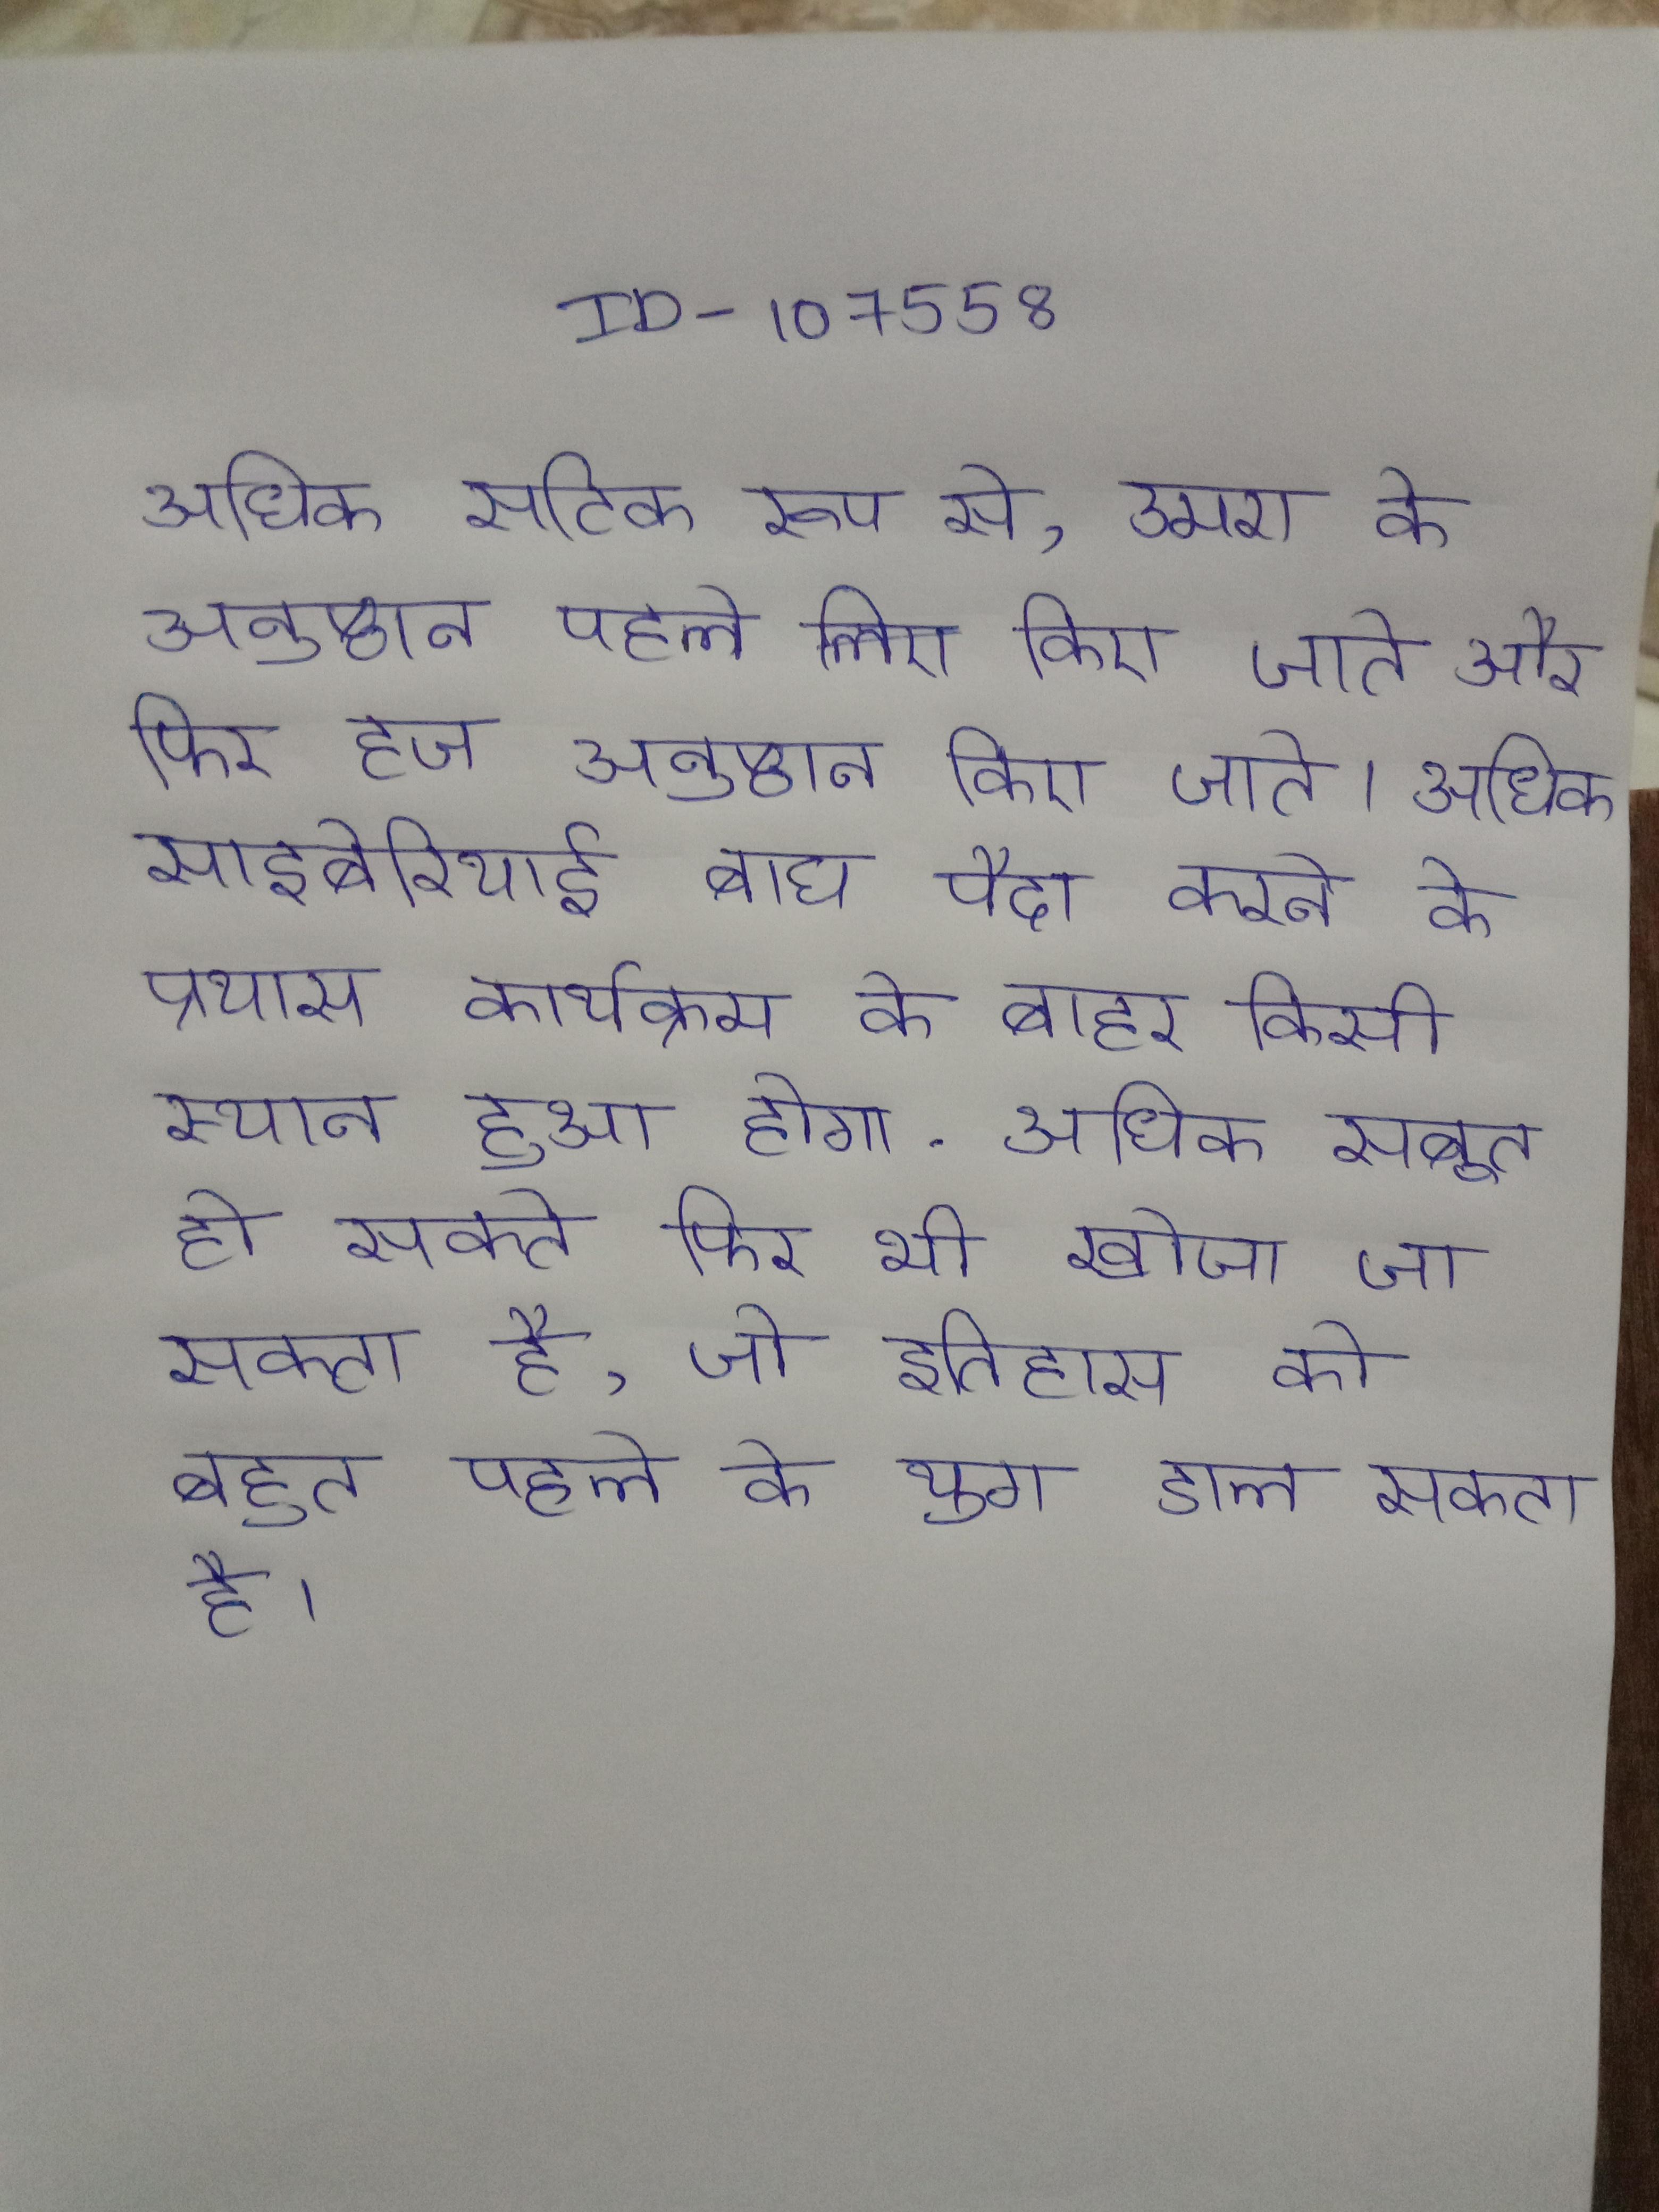
अधिक सटीक रूप से, उमरा के अनुष्ठान पहले किए जाते और फिर हज अनुष्ठान किए जाते । अधिक साइबेरियाई बाघ पैदा करने के प्रयास कार्यक्रम के बाहर किसी स्थान हुआ होगा . अधिक सबूत हो सकते फिर भी खोजा जा सकता है, जो इतिहास को बहुत पहले के युग डाल सकता है ।